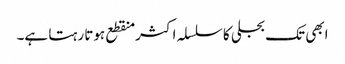
ابھی تک بجلی کا سلسلہ اکثر منقطع ہوتا رہتا ہے۔